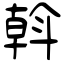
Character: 斡